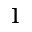
1